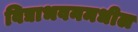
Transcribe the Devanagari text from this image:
विद्याभवनमधील